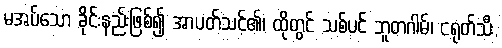
မအပ်သော ခိုင်းနည်းဖြစ်၍ အာပတ်သင့်၏၊ ထိုတွင် သစ်ပင် ဘူတဂါမ်၊ ငရုတ်သီး,